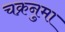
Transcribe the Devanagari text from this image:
चक्रनुमा